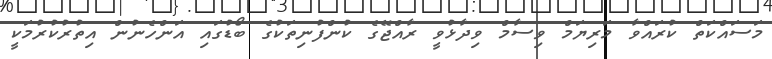
މަސައްކަތް ކުރައްވާ މަރިޔަމް ވިސާމް ވިދާޅުވީ ރާއްޖޭގެ ކުންފުނިތަކުގެ ބޯޑުގައި އަންހެނުން އިތުރުކުރުމަކީ